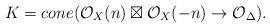
\begin{align*}K=cone(\mathcal{O}_{X}(n)\boxtimes\mathcal{O}_{X}(-n)\rightarrow \mathcal{O}_{\Delta}). \end{align*}